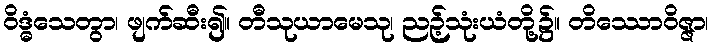
ဝိဒ္ဓံသေတွာ၊ ဖျက်ဆီး၍။ တီသုယာမေသု၊ ညဉ့်သုံးယံတို့၌။ တိဿောဝိဇ္ဇာ၊